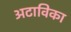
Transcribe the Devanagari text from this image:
अटाविका